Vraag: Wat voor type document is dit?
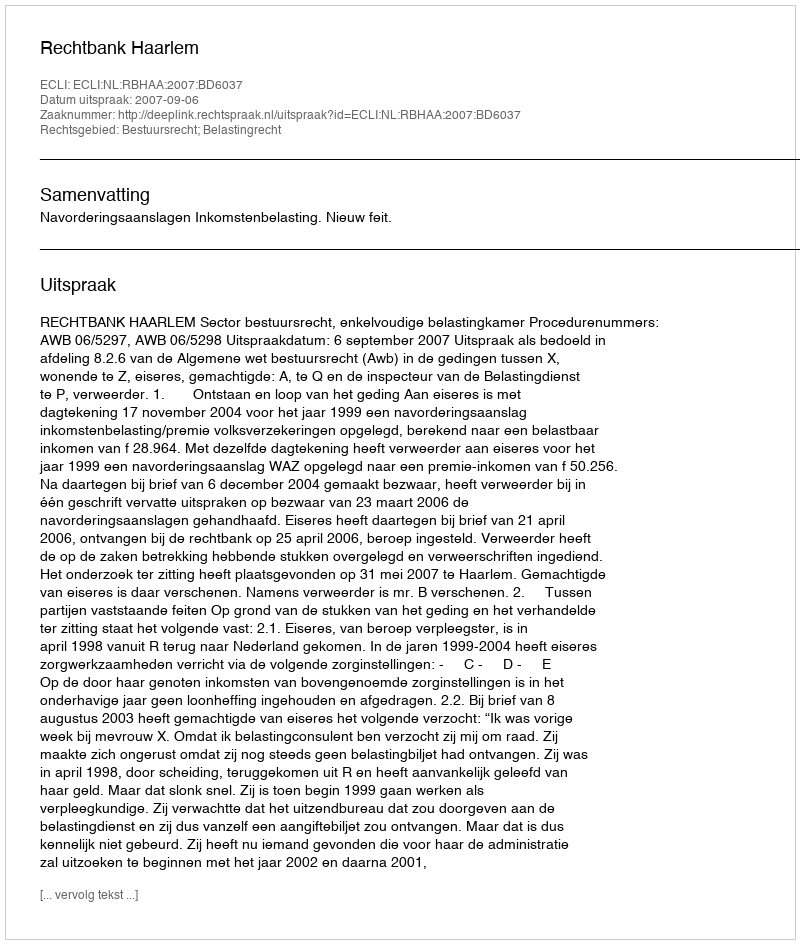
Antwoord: Uitspraak